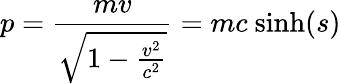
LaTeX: p={\frac{mv}{\sqrt{1-{\frac{v^{2}}{c^{2}}}}}}=mc{\mathrm{~sinh}}(s)